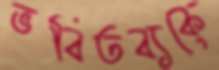
ভবিতব্যকে